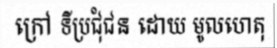
ក្រៅ ទីប្រជុំជន ដោយ មូលហេតុ